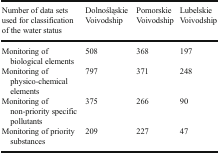
<table><thead><tr><td><b>Number of data sets used for classification of the water status</b></td><td><b>Dolnośląskie Voivodship</b></td><td><b>Pomorskie Voivodship</b></td><td><b>Lubelskie Voivodship</b></td></tr></thead><tbody><tr><td>Monitoring of biological elements</td><td>508</td><td>368</td><td>197</td></tr><tr><td>Monitoring of physico-chemical elements</td><td>797</td><td>371</td><td>248</td></tr><tr><td>Monitoring of non-priority specific pollutants</td><td>375</td><td>266</td><td>90</td></tr><tr><td>Monitoring of priority substances</td><td>209</td><td>227</td><td>47</td></tr></tbody></table>